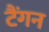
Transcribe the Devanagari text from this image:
टैंगन